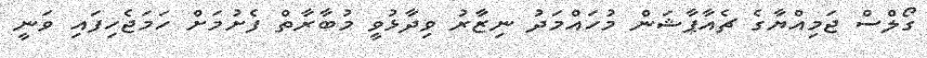
ގޯލްސް ޖަމިއްޔާގެ ޗެއާޕާޝަން މުހައްމަދު ނިޒާރު ވިދާޅުވީ މުބާރާތް ފެށުމަށް ހަމަޖެހިފައި ވަނީ